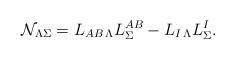
LaTeX: \begin{align*}{\cal N}_{\Lambda\Sigma}=L_{AB\,\Lambda}L^{AB}_{\Sigma}-L_{I\,\Lambda}L^I_{\Sigma}.\end{align*}